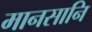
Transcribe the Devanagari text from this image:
मानसानि